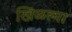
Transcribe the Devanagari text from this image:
खिळल्या